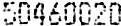
50460020